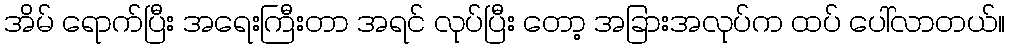
အိမ် ရောက်ပြီး အရေးကြီးတာ အရင် လုပ်ပြီး တော့ အခြားအလုပ်က ထပ် ပေါ်လာတယ်။